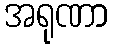
အရုဏာ